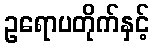
ဥရောပတိုက်နှင့်